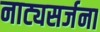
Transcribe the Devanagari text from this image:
नाट्यसर्जना